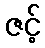
ဇင့်